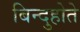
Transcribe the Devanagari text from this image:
बिन्दुहोते